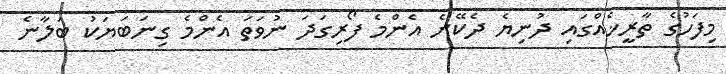
މިފަހުގެ ތާރީޚެއްގައި ދުނިޔެ ދެކޭނެ އެންމެ ފޯރިގަދަ ނުވަތަ އެންމެ ގިނަބަޔަކު ބަލާނެ